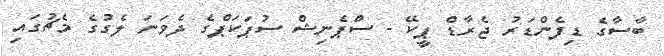
ބާސާގެ ޑިފެންޑަރު ޖެރާޑް ޕީކޭ - ސްޕެނިޝް ސުޕަކަޕްގެ ދެވަނަ ލެގުގެ މެޗުގައި